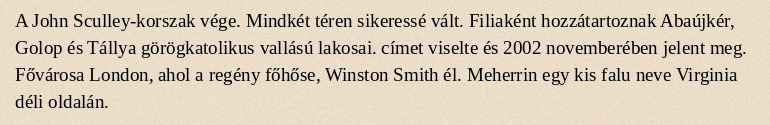
A John Sculley-korszak vége. Mindkét téren sikeressé vált. Filiaként hozzátartoznak Abaújkér, Golop és Tállya görögkatolikus vallású lakosai. címet viselte és 2002 novemberében jelent meg. Fővárosa London, ahol a regény főhőse, Winston Smith él. Meherrin egy kis falu neve Virginia déli oldalán.